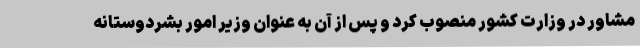
مشاور در وزارت کشور منصوب کرد و پس از آن به عنوان وزیر امور بشردوستانه